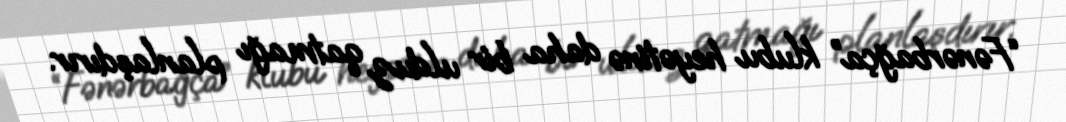
“Fənərbağça” klubu heyətinə daha bir ulduz qatmağı planlaşdırır.